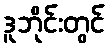
ဒူဘိုင်းတွင်